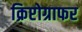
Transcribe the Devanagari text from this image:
क्रिप्टोग्राफर